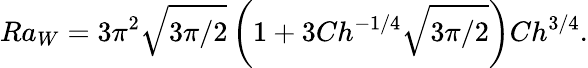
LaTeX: Ra_{W}=3\pi^{2}\sqrt{3\pi/2}\left(1+3Ch^{-1/4}\sqrt{3\pi/2}\right)Ch^{3/4}.